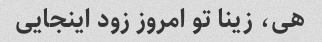
هی، زینا تو امروز زود اینجایی